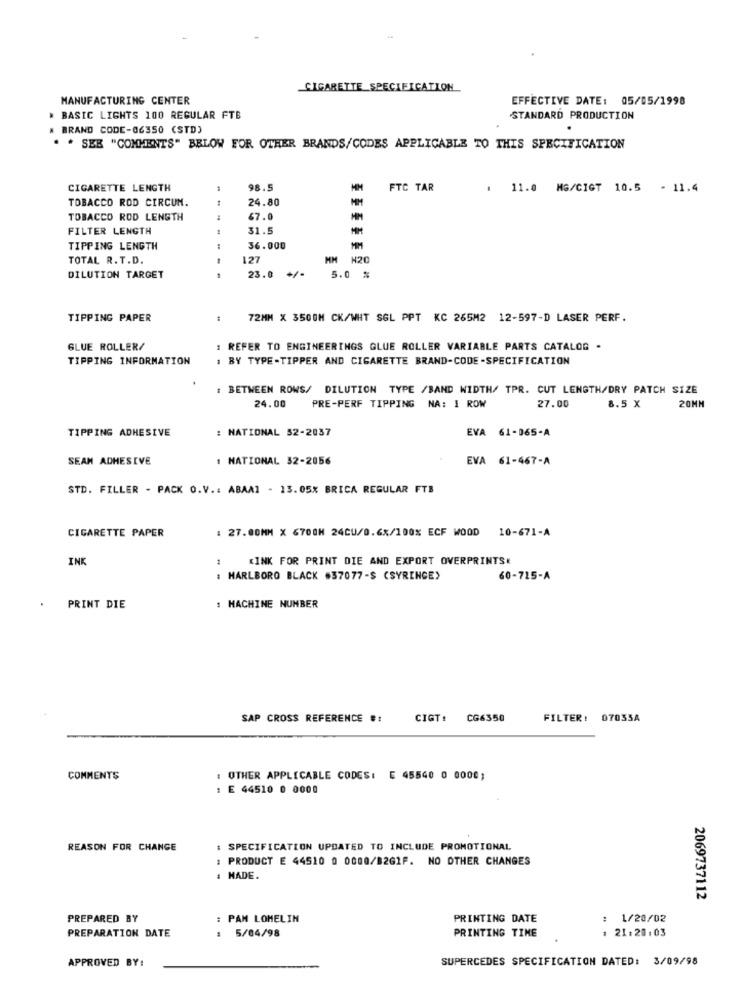
CIGARETTE SPECIFICATION
MANUFACTURING CENTER
EFFECTIVE DATE: 05/05/1998
* BASIC LIGHTS 100 REGULAR FTB
STANDARD PRODUCTION
BRAND CODE-06350 (STD)
* SEB "COMMENTS" BELOW FOR OTHER BRANDS/CODES APPLICABLE TO THIS SPECIFICATION
CIGARETTE LENGTH
98.5
FTC TAR
. 11.0 MG/CIGT 10.5 - 11.4
TOBACCO ROD CIRCUN.
24.80
TOBACCO ROD LENGTH
67.0
-
FILTER LENGTH
31.5
TIPPING LENGTH
36.000
TOTAL R. T.D.
127
MM N20
23.0 +/-
DILUTION TARGET
5.0 %
TIPPING PAPER
72MM X 3500M CK/WHT SGL PPT KC 265M2 12-597-D LASER PERF.
GLUE ROLLER/
: REFER TO ENGINEERINGS GLUE ROLLER VARIABLE PARTS CATALOG -
TIPPING INFORMATION
. BY TYPE-TIPPER AND CIGARETTE BRAND-CODE -SPECIFICATION
: BETWEEN ROWS/ DILUTION TYPE /BAND WIDTH/ TPR. CUT LENGTH/DRY PATCH SIZE
24.00
PRE-PERF TIPPING NA: 1 ROW
27.00
8.5 X
20MM
TIPPING ADHESIVE
: NATIONAL 52-2037
EVA 61-065-A
SEAN ADHESIVE
: NATIONAL 32-2056
EVA 61-467-A
STD. FILLER - PACK O.V .: ABAAI - 13.05% BRICA REGULAR FTB
CIGARETTE PAPER
: 27.00MM X 6700H 24CU/0.6x/100% ECF WOOD 10-671-A
INK
KINK FOR PRINT DIE AND EXPORT OVERPRINTSK
: MARLBORO BLACK #37077-$ (SYRINGE>
60-715-A
: MACHINE NUMBER
PRINT DIE
SAP CROSS REFERENCE #:
CIGT: CG6350
FILTER: 07035A
COMMENTS
: OTHER APPLICABLE CODES: E 45540 0 0000;
E 44510 0 0000
REASON FOR CHANGE
: SPECIFICATION UPDATED TO INCLUDE PROMOTIONAL
: PRODUCT E 44510 0 0000/B2GIF. NO OTHER CHANGES
# HADE.
2069737112
PREPARED BY
PAN LOMELIN
PRINTING DATE
: 1/20/02
PREPARATION DATE
: 5/04/98
: 21:28:03
PRINTING TIME
APPROVED BY:
SUPERCEDES SPECIFICATION DATED: 3/09/98